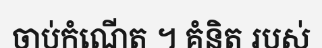
ចាប់កំណើត ។ គំនិត របស់